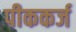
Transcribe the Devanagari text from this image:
पीककर्ज